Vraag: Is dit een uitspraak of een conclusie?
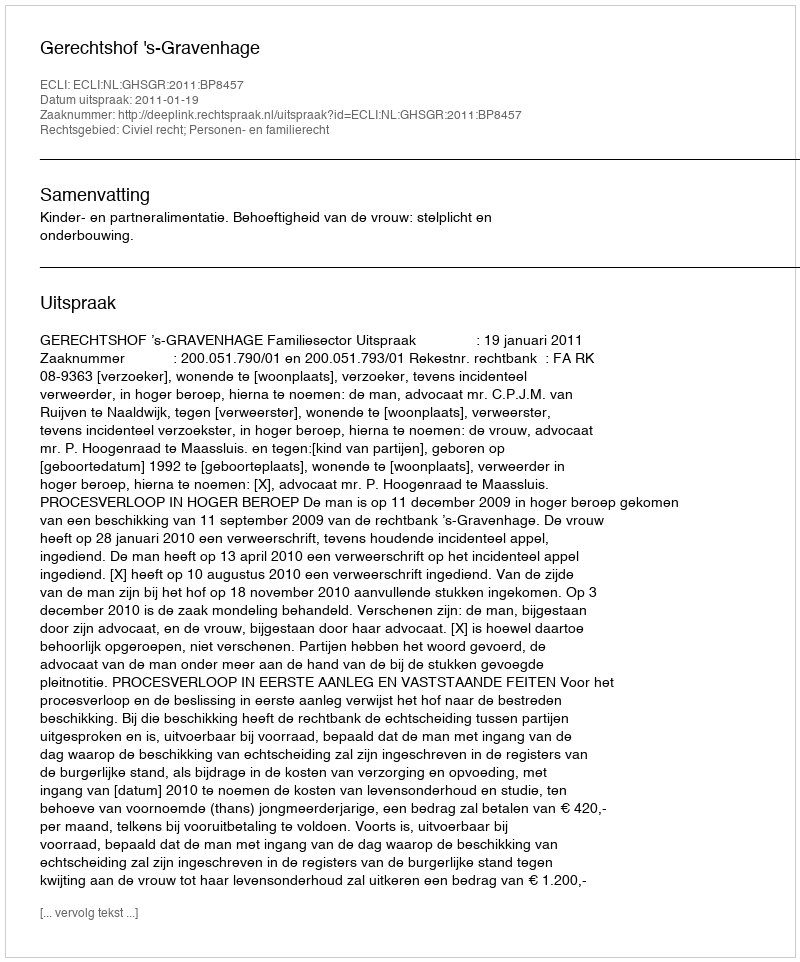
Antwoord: Uitspraak